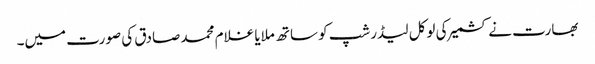
بھارت نے کشمیر کی لوکل لیڈرشپ کو ساتھ ملایا غلام محمد صادق کی صورت میں۔